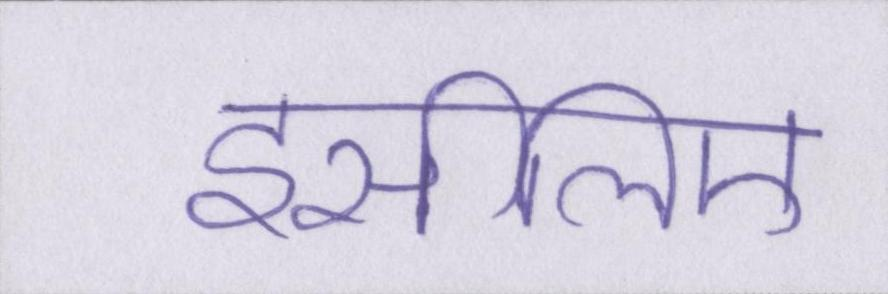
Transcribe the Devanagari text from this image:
इसीलिए